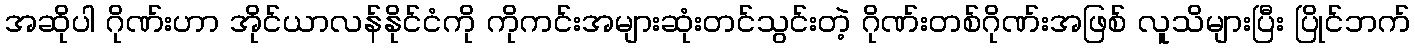
အဆိုပါ ဂိုဏ်းဟာ အိုင်ယာလန်နိုင်ငံကို ကိုကင်းအများဆုံးတင်သွင်းတဲ့ ဂိုဏ်းတစ်ဂိုဏ်းအဖြစ် လူသိများပြီး ပြိုင်ဘက်